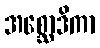
အစ္ဆောဒိကာ